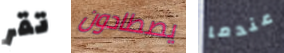
تقر يصطادون عندما